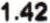
1.42